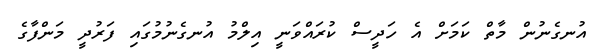
އުނގެނުން މާތް ކަމަށް އެ ހަދީސް ކުރައްވަނީ އިލްމު އުނގެނުމުގައި ފަރުދީ މަންފާގެ